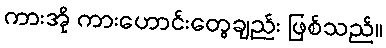
ကားအို ကားဟောင်းတွေချည်း ဖြစ်သည်။